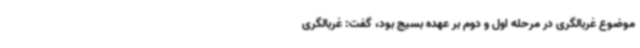
موضوع غربالگری در مرحله اول و دوم بر عهده بسیج بود، گفت: غربالگری